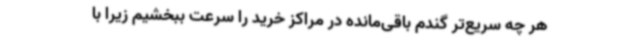
هر چه سریع‌تر گندم باقی‌مانده در مراکز خرید را سرعت ببخشیم زیرا با